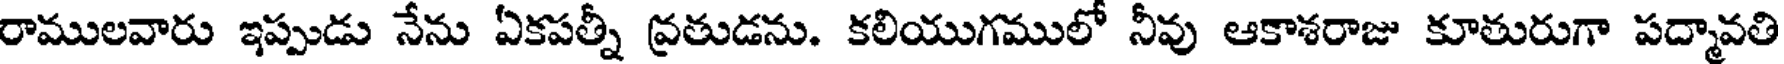
రాములవారు ఇప్పుడు నేను ఏకపత్నీ వ్రతుడను. కలియుగములో నీవు ఆకాశరాజు కూతురుగా పద్మావతి